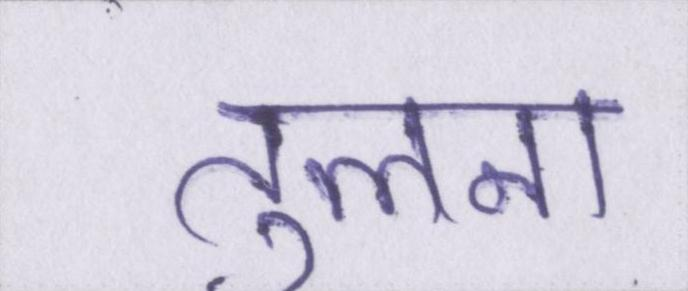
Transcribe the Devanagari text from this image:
तुलना